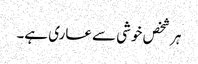
ہر شخص خوشی سے عاری ہے۔